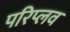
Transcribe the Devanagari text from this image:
परिप्लव